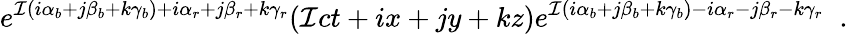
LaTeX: e^{{\cal I}(i\alpha_{b}+j\beta_{b}+k\gamma_{b})+i\alpha_{r}+j\beta_{r}+k\gamma_{r}}({\cal I}ct+ix+jy+kz)e^{{\cal I}(i\alpha_{b}+j\beta_{b}+k\gamma_{b})-i\alpha_{r}-j\beta_{r}-k\gamma_{r}}\; \; .